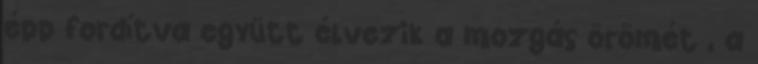
épp fordítva együtt élvezik a mozgás örömét , a